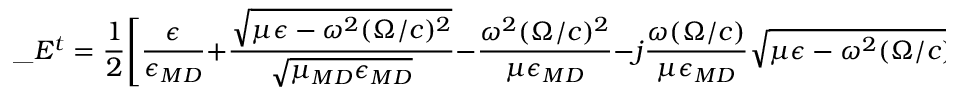
\_ E ^ { t } = { \frac { 1 } { 2 } } \Bigg [ { \frac { \epsilon } { \epsilon _ { \/ { M D } } } } + { \frac { \sqrt { \mu \epsilon - \omega ^ { 2 } ( \Omega / c ) ^ { 2 } } } { \sqrt { \mu _ { \/ { M D } } \epsilon _ { \/ { M D } } } } } - { \frac { \omega ^ { 2 } ( \Omega / c ) ^ { 2 } } { \mu \epsilon _ { \/ { M D } } } } - j { \frac { \omega ( \Omega / c ) } { \mu \epsilon _ { \/ { M D } } } } \sqrt { \mu \epsilon - \omega ^ { 2 } ( \Omega / c ) ^ { 2 } } \Bigg ] \_ a _ { x } .